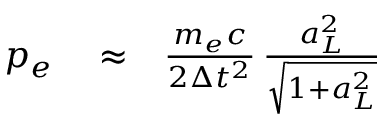
\begin{array} { r l r } { p _ { e } } & { { } \approx } & { \frac { m _ { e } c } { 2 \Delta t ^ { 2 } } \, \frac { a _ { L } ^ { 2 } } { \sqrt { 1 + a _ { L } ^ { 2 } } } } \end{array}